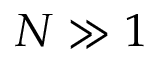
N \gg 1